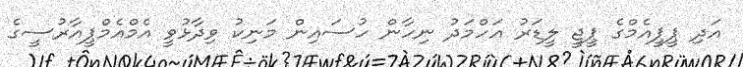
އަދި ޕީޕީއެމްގެ ޕީޖީ ލީޑަރު އަހްމަދު ނިހާން ހުސައިން މަނިކު ވިދާޅުވީ އެމްއެމްޕީއާރުސީގެ